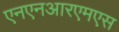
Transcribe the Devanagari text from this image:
एनएनआरएमएस